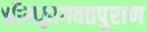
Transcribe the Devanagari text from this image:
श्रीमद्भागवतपुराण